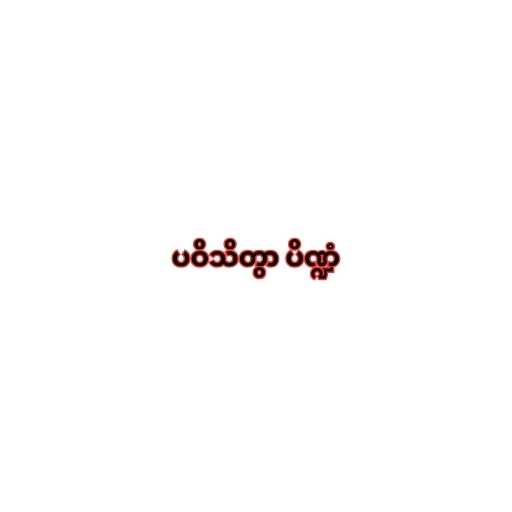
ပဝိသိတွာ ပိဏ္ဍံ